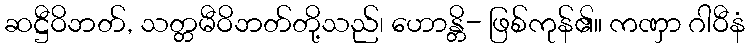
ဆဋ္ဌီဝိဘတ်, သတ္တမီဝိဘတ်တို့သည်၊ ဟောန္တိ- ဖြစ်ကုန်၏။ ကဏှာ ဂါဝီနံ